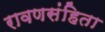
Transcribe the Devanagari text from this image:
रावणसंहिता